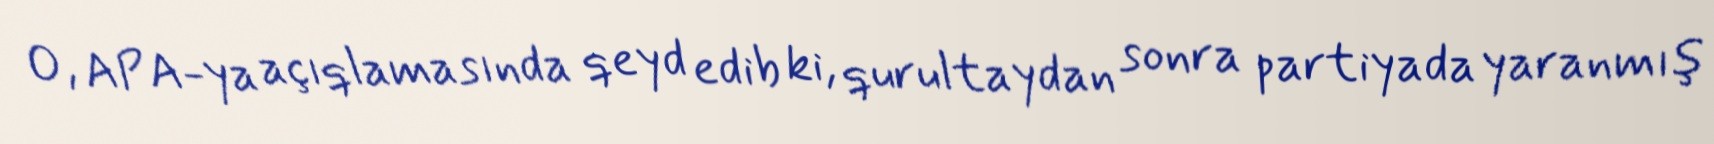
O, APA-ya açıqlamasında qeyd edib ki, qurultaydan sonra partiyada yaranmış